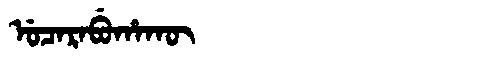
Manchu: ᡠᠴᠠᡵᠠᠪᡠᡥᠠᡴᡡ
Romanization: UCARABUHAKŪ